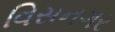
વિસનગર